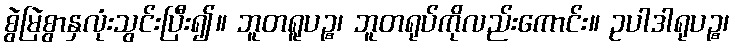
စွဲမြဲစွာနှလုံးသွင်းပြီး၍။ ဘူတရူပဉ္စ၊ ဘူတရုပ်ကိုလည်းကောင်း။ ဥပါဒါရုပဉ္စ၊